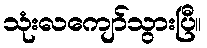
သုံးလကျော်သွားပြီ။